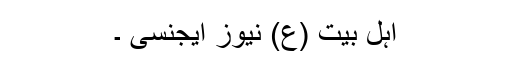
اہل بیت (ع) نیوز ایجنسی ۔